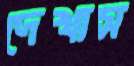
দেখাস